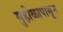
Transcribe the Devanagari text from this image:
मुहीळापासून